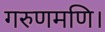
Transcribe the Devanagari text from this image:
गरुणमणि।